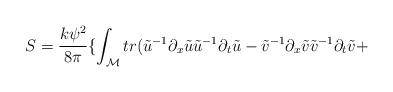
\begin{align*}S=\frac{k\psi^2}{8\pi} \{ \int_{\cal M} tr (\tilde{u}^{-1}\partial_x \tilde{u}\tilde{u}^{-1}\partial_{t}\tilde{u} -\tilde{v}^{-1}\partial_x \tilde{v}\tilde{v}^{-1}\partial_{t}\tilde{v} +\end{align*}